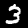
Label: 3